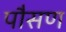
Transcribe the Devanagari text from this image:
पौसण